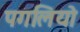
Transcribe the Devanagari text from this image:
पगलियो